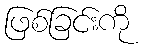
ဖြစ်ခြင်းကို